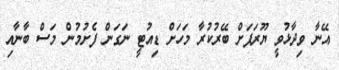
އޭނާ ވިދާޅުވީ ޔޫރަޕަށް ބޭރުކުރާ މަހަށް ޑިއުޓީ ނަގަން ފެށުމުން މަސް ބާނާއި